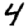
Digit: 4